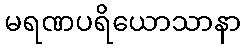
မရဏပရိယောသာနာ